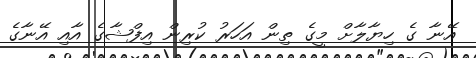
އޭނާ ގެ ހިޔާލާށް މީގެ ތިން އަހަރު ކުރިން އިފްޝާގެ އާއި އޭނާގެ